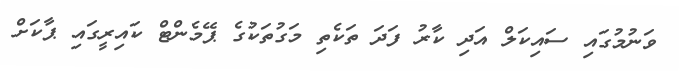
ވަނުމުގައި ސައިކަލް އަދި ކާރު ފަދަ ތަކެތި މަގުތަކުގެ ޕޭމެންޓް ކައިރީގައި ޕާކަށް